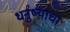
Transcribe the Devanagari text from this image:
धनुष्याचा